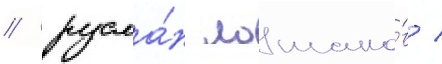
/ русла́н лошако́в /